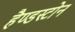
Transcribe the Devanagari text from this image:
हैण्डस्टोन